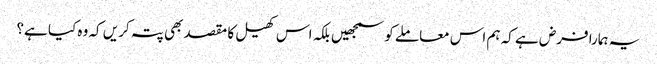
یہ ہمارا فرض ہے کہ ہم اس معاملے کو سمجھیں بلکہ اس کھیل کا مقصد بھی پتہ کریں کہ وہ کیا ہے؟